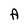
Character: A